Vaccination in Bombay 1902-1912 - 1902-1912
Year: 1902
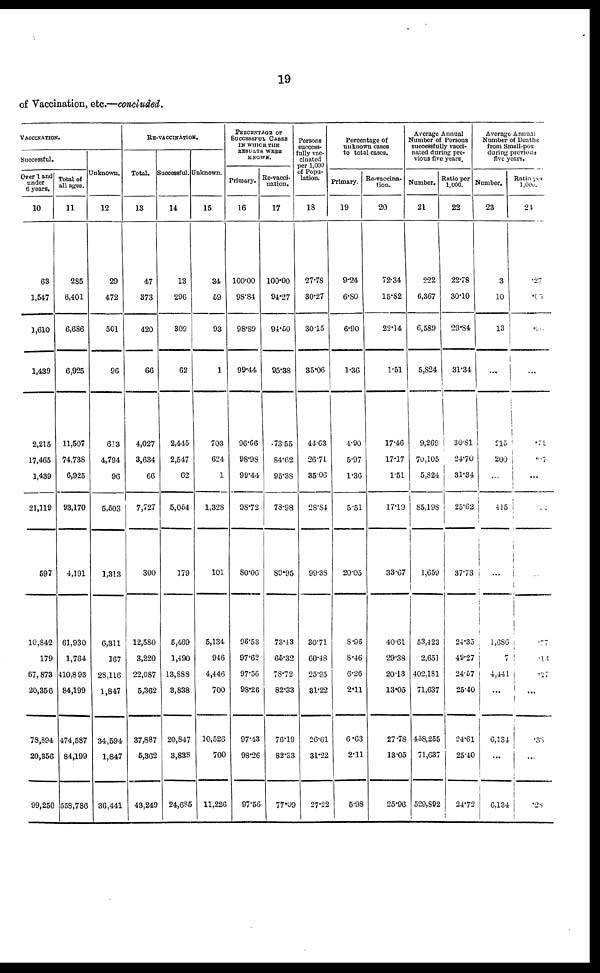
19
of Vaccination, etc.—concluded.
VACCINATION.
Successful.
Over 1 and
under
6 years.
10
63
1,547
1,610
1,439
2,215
17,465
1,439
21,119
597
10,842
179
67, 873
20,356
78,894
20,356
99,250
Total of
all ages.
11
285
6,401
6,686
6,925
11,507
74,738
6,925
93,170
4,191
61,930
1,764
410,893
84,199
474,587
84,199
558,786
Unknown.
12
29
472
501
96
613
4,794
96
5,503
1,313
6,311
167
28,116
1,847
34,594
1,847
36,441
RE-VACCINATION.
Total.
13
47
373
420
66
4,027
3,634
66
7,727
300
12,580
3,220
22,087
5,362
37,887
5,362
43,249
Successful.
14
13
296
309
62
2,445
2,547
62
5,054
179
5,469
1,490
13,888
3,838
20,847
3,838
24,685
Unknown.
15
34
59
93
1
703
624
1
1,328
101
5,134
946
4,446
700
10,526
700
11,226
PERCENTAGE OF
SUCCESSFUL CASES
IN WHICH THE
RESULTS WERE
KNOWN.
Primary.
16
100.00
98.84
98.89
99.44
96.66
98.98
99.44
98.72
80.06
96.53
97.62
97.56
98.26
97.43
98.26
97.56
Re-vacci¬
nation.
17
100.00
94.27
94.50
95.38
73.55
84.62
95.38
73.98
89.95
73.43
65.32
78.72
82.33
76.19
82.33
77.09
Persons
success-
fully vac-
cinated
per 1,000
of Popu-
lation.
18
27.78
30.27
30.15
35.06
44.63
26.71
35.06
28.84
99.38
30.71
60.48
25.95
31.22
26.61
31.22
27.22
Percentage of
unknown cases
to total cases.
Primary.
19
9.24
6.80
6.90
1.36
4.90
5.97
1.36
5.51
20.05
8.96
8.46
6.26
2.11
6.63
2.11
5.98
Re-vaccina-
-ion.
20
72.34
15.82
22.14
1.51
17.46
17.17
1.51
17.19
33.67
40.61
29.38
20.13
13.05
27.78
13.05
25.96
Average Annual
Number of Persons
successfully vacci-
nated during pre-
vious five years.
Number.
21
222
6,367
6,589
5,824
9,269
70,105
5,824
85,198
1,659
53,423
2,651
402,181
71,637
458,255
71,637
529,892
Ratio per
1,000.
22
22.78
30.10
29.84
31.34
30.81
24.70
31.34
25.62
37.73
24.35
49.27
24.67
25.40
24.61
25.40
24.72
Average Annual
Number of Deaths
from Small-pox
during previous
five years.
Number.
23
3
10
13
...
215
200
...
415
...
1,686
7
4,441
...
6,134
...
6,134
Ratio per
1,000.
24
.27
.05
.05
...
.71
.07
...
.12
...
.77
.13
. 2 7
...
.33
...
.28